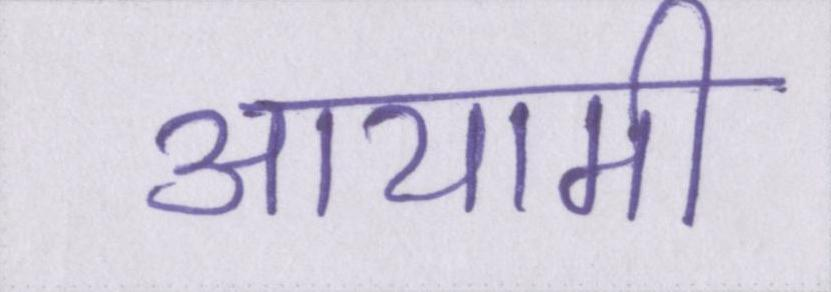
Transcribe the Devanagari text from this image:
आयामी